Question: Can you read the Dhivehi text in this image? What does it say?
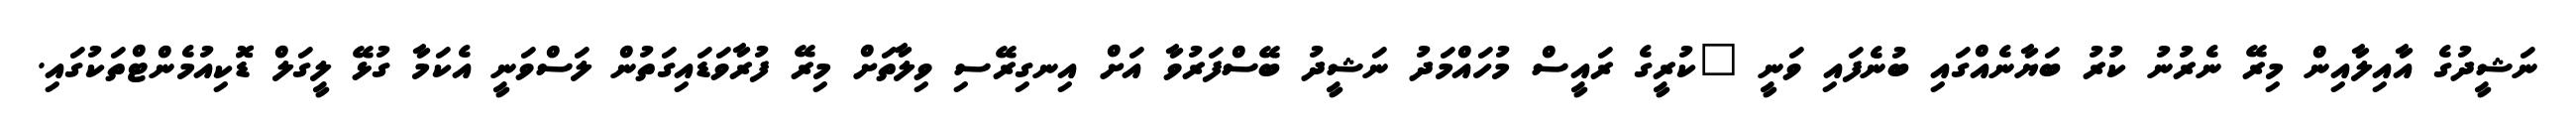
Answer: ނަޝީދުގެ އާއިލާއިން މިރޭ ނެރުނު ކުރު ބަޔާނެއްގައި ބުނެފައި ވަނީ "ކުރީގެ ރައީސް މުހައްމަދު ނަޝީދު ބޭސްފަރުވާ އަށް އިނގިރޭސި ވިލާތަށް މިރޭ ފުރާވަޑައިގަތުން ލަސްވަނީ އެކަމާ ގުޅޭ ލީގަލް ޑޮކިއުމެންޓްތަކުގައި.